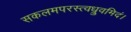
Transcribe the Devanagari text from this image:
सकलमपरस्त्वध्रुवमिदं।